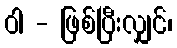
ဝါ - ဖြစ်ပြီးလျှင်၊